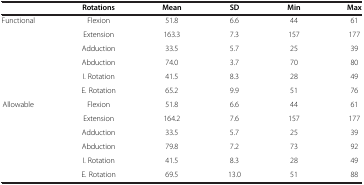
<table><thead><tr><td>[EMPTY_CELL]</td><td><b>Rotations</b></td><td><b>Mean</b></td><td><b>SD</b></td><td><b>Min</b></td><td><b>Max</b></td></tr></thead><tbody><tr><td rowspan="6">Functional</td><td>Flexion</td><td>51.8</td><td>6.6</td><td>44</td><td>61</td></tr><tr><td>Extension</td><td>163.3</td><td>7.3</td><td>157</td><td>177</td></tr><tr><td>Adduction</td><td>33.5</td><td>5.7</td><td>25</td><td>39</td></tr><tr><td>Abduction</td><td>74.0</td><td>3.7</td><td>70</td><td>80</td></tr><tr><td>I. Rotation</td><td>41.5</td><td>8.3</td><td>28</td><td>49</td></tr><tr><td>E. Rotation</td><td>65.2</td><td>9.9</td><td>51</td><td>76</td></tr><tr><td rowspan="6">Allowable</td><td>Flexion</td><td>51.8</td><td>6.6</td><td>44</td><td>61</td></tr><tr><td>Extension</td><td>164.2</td><td>7.6</td><td>157</td><td>177</td></tr><tr><td>Adduction</td><td>33.5</td><td>5.7</td><td>25</td><td>39</td></tr><tr><td>Abduction</td><td>79.8</td><td>7.2</td><td>73</td><td>92</td></tr><tr><td>I. Rotation</td><td>41.5</td><td>8.3</td><td>28</td><td>49</td></tr><tr><td>E. Rotation</td><td>69.5</td><td>13.0</td><td>51</td><td>88</td></tr></tbody></table>